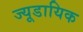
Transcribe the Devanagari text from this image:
ज्यूडायिक